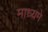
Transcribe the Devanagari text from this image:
माध्‍यमे